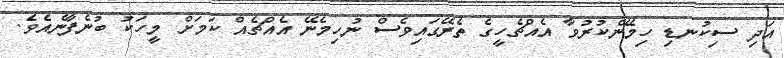
އަދި ސިކުނޑި ހިމޭންކުރުވާ އެއްޗެހީގެ ތެރޭގައިވެސް ނުހިމެނޭ އެއްޗެއް ކަމަށް މީހަކު ބުނެފާނެއެވެ.